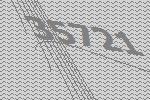
35721